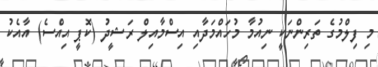
މި ފިލްމުގެ ތަރިންނަކީ ނިއުމާ މުހައްމަދާއި އިސްމާއިލް ރަޝީދު (ކޮޕީ އިއްސެ) އާއެކު